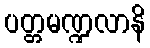
ပတ္တမဏ္ဍလာနိ